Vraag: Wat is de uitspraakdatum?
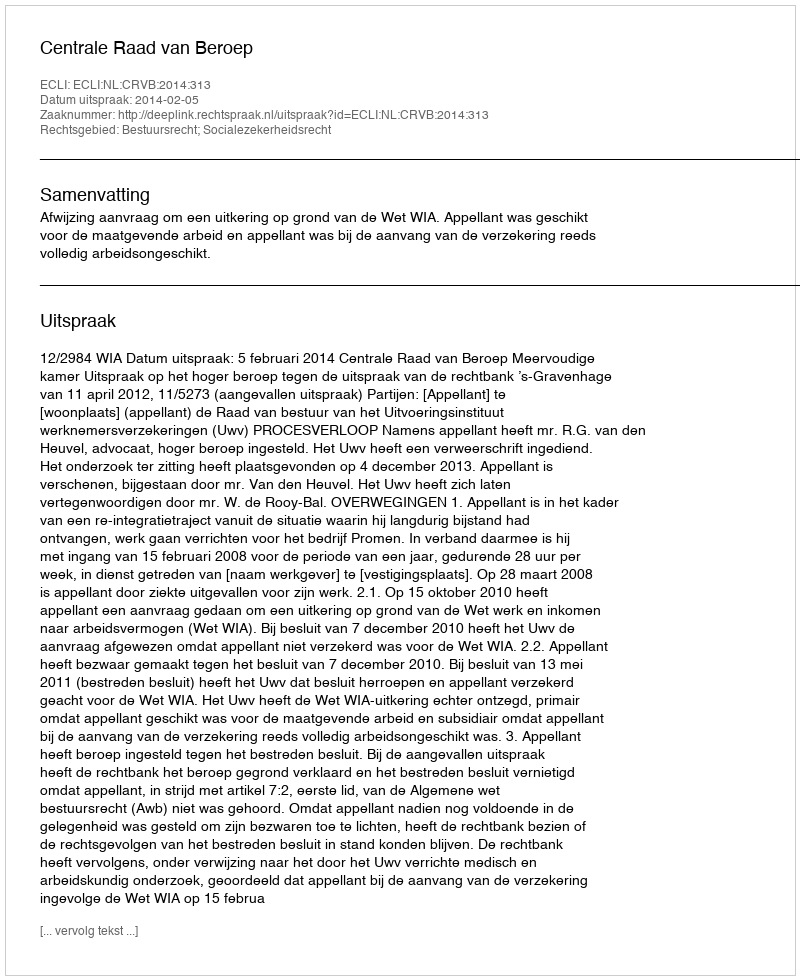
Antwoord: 2014-02-05